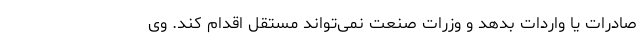
صادرات یا واردات بدهد و وزرات صنعت نمی‌تواند مستقل اقدام کند. وی